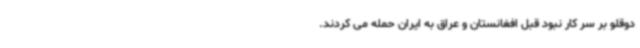
دوقلو بر سر کار نبود قبل افغانستان و عراق به ایران حمله می کردند.